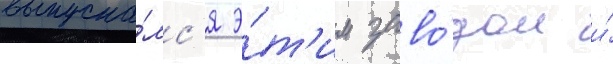
выпуска́лс'я э́т'им заво́дом и́